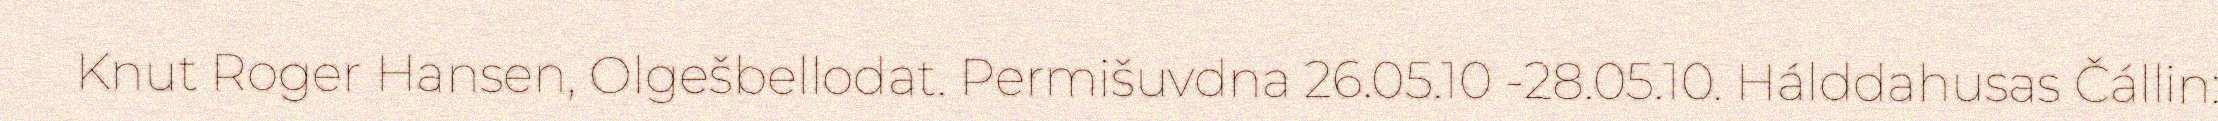
Knut Roger Hansen, Olgešbellodat. Permišuvdna 26.05.10 -28.05.10. Hálddahusas Čállin: